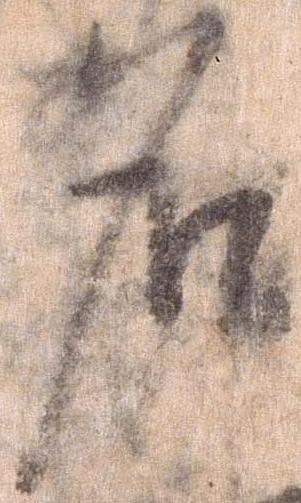
名